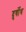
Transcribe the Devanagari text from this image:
दुर्वोध